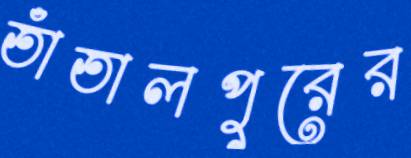
তাঁতালপুরের